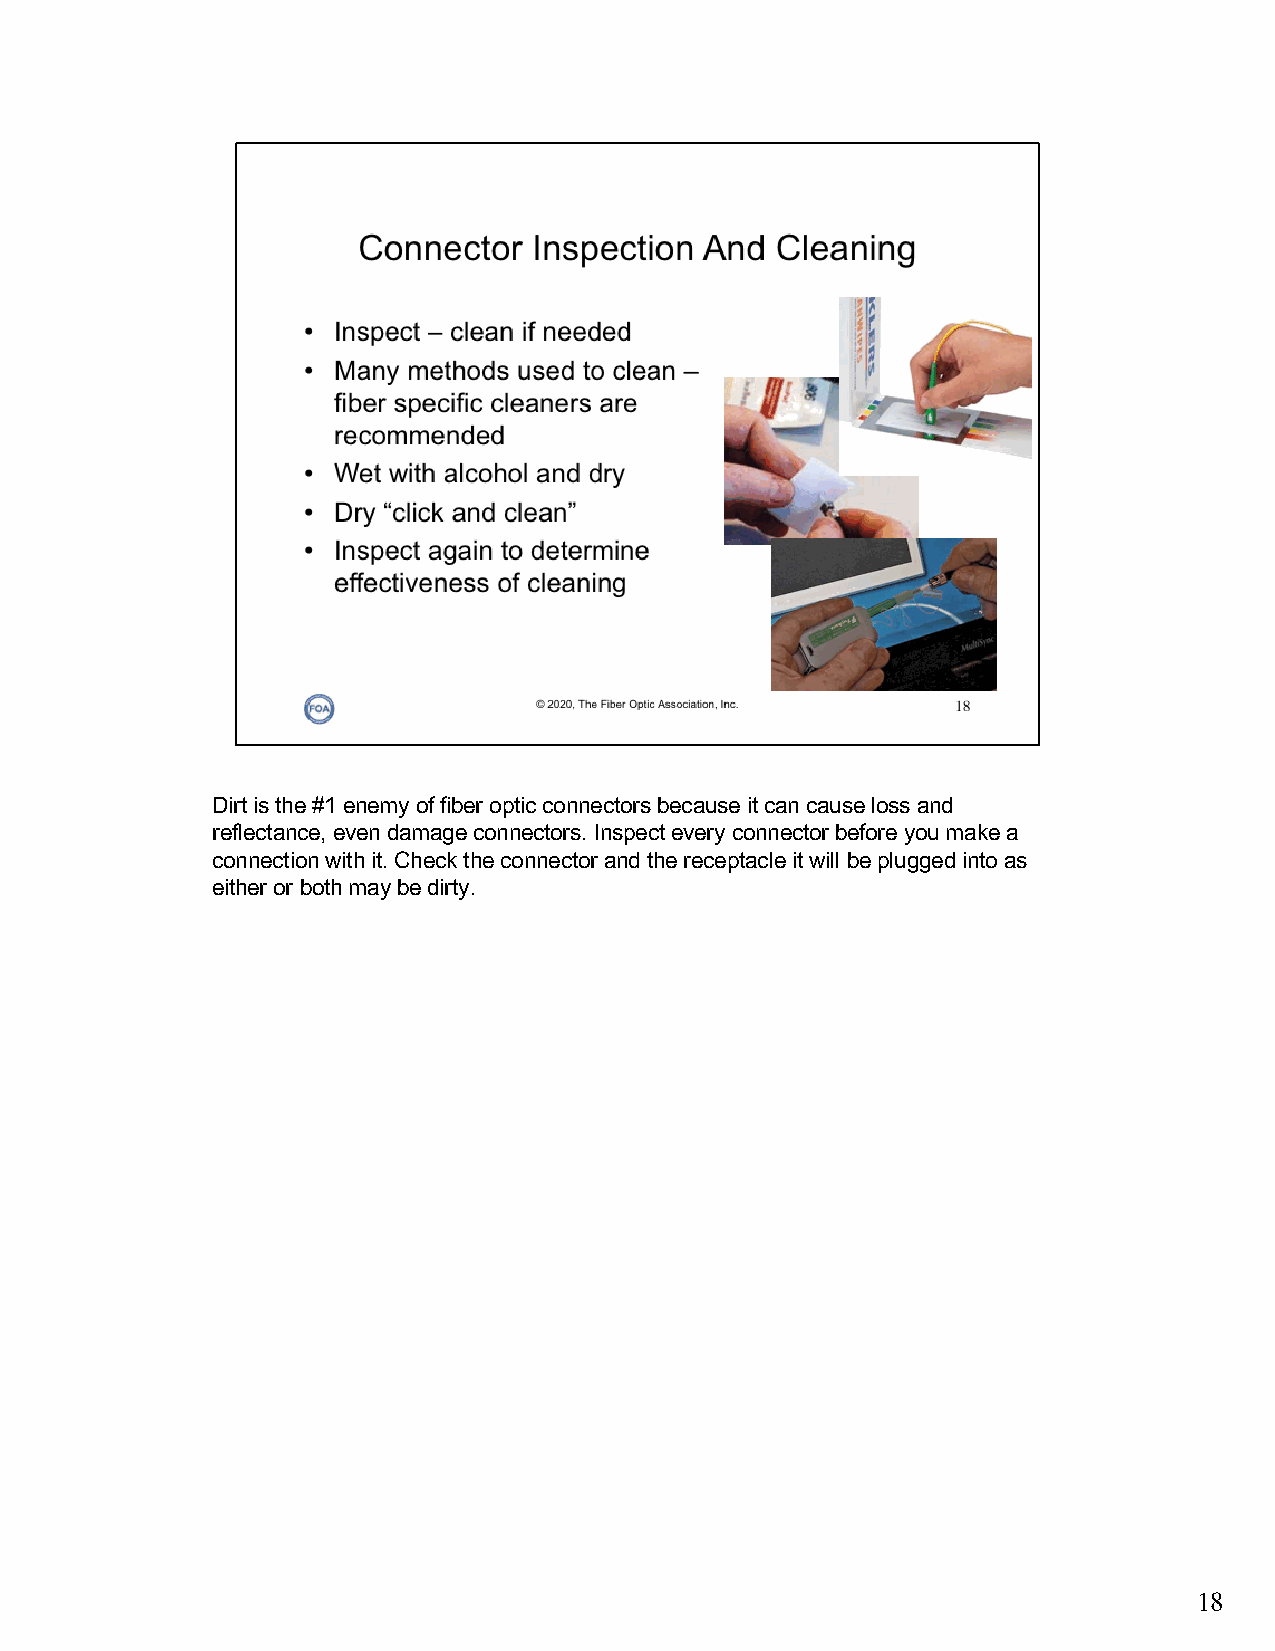
Dirt is the #1 enemy of fiber optic connectors because it can cause loss and
 reflectance, even damage connectors. Inspect every connector before you make a
 connection with it. Check the connector and the receptacle it will be plugged into as
 either or both may be dirty.
 18